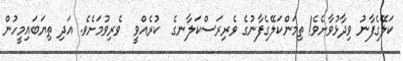
ކަލޭގެފާނު ވިދާޅުވާށެވެ! ތިމަންކަލޭގެފާނުގެ ވެރިރަސްކަލާނގެ  ކުރެއްވީ  ވެރިވުމަށެވެ. އަދި ތިޔަބައިމީހުން